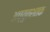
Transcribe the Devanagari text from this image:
अच्युतशतक